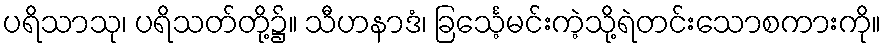
ပရိသာသု၊ ပရိသတ်တို့၌။ သီဟနာဒံ၊ ခြင်္သေ့မင်းကဲ့သို့ရဲတင်းသောစကားကို။